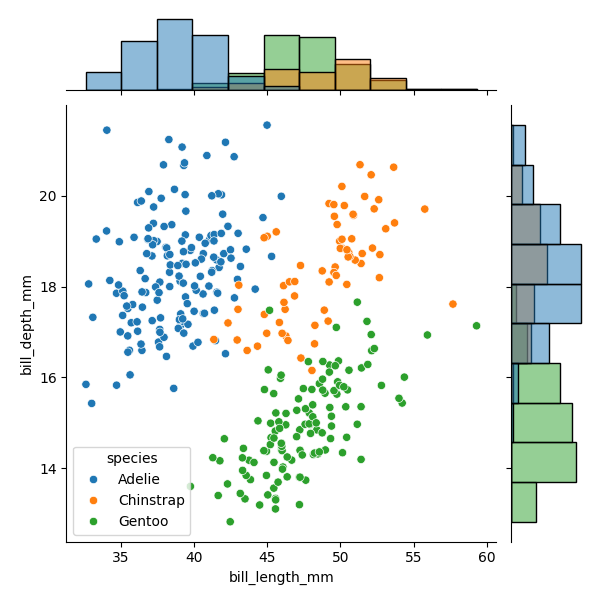
python, seaborn, JointGrid, scatterplot, histplot, hue